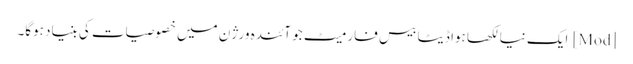
[Mod] ایک نیا لکھا ہوا ڈیٹا بیس فارمیٹ جو آئندہ ورژن میں خصوصیات کی بنیاد ہوگا۔